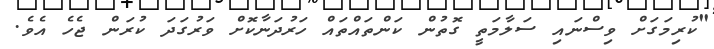
"ކުރިމަގަށް ވިސްނައި ސަލާމަތީ ގޮތުން ކަންތައްތައް ހަރުދަނާކޮށް ވަރުގަދަ ކުރަން ޖެހެ އެވެ.